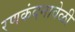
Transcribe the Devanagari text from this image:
रणकंदनावेळी